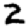
Digit: 2